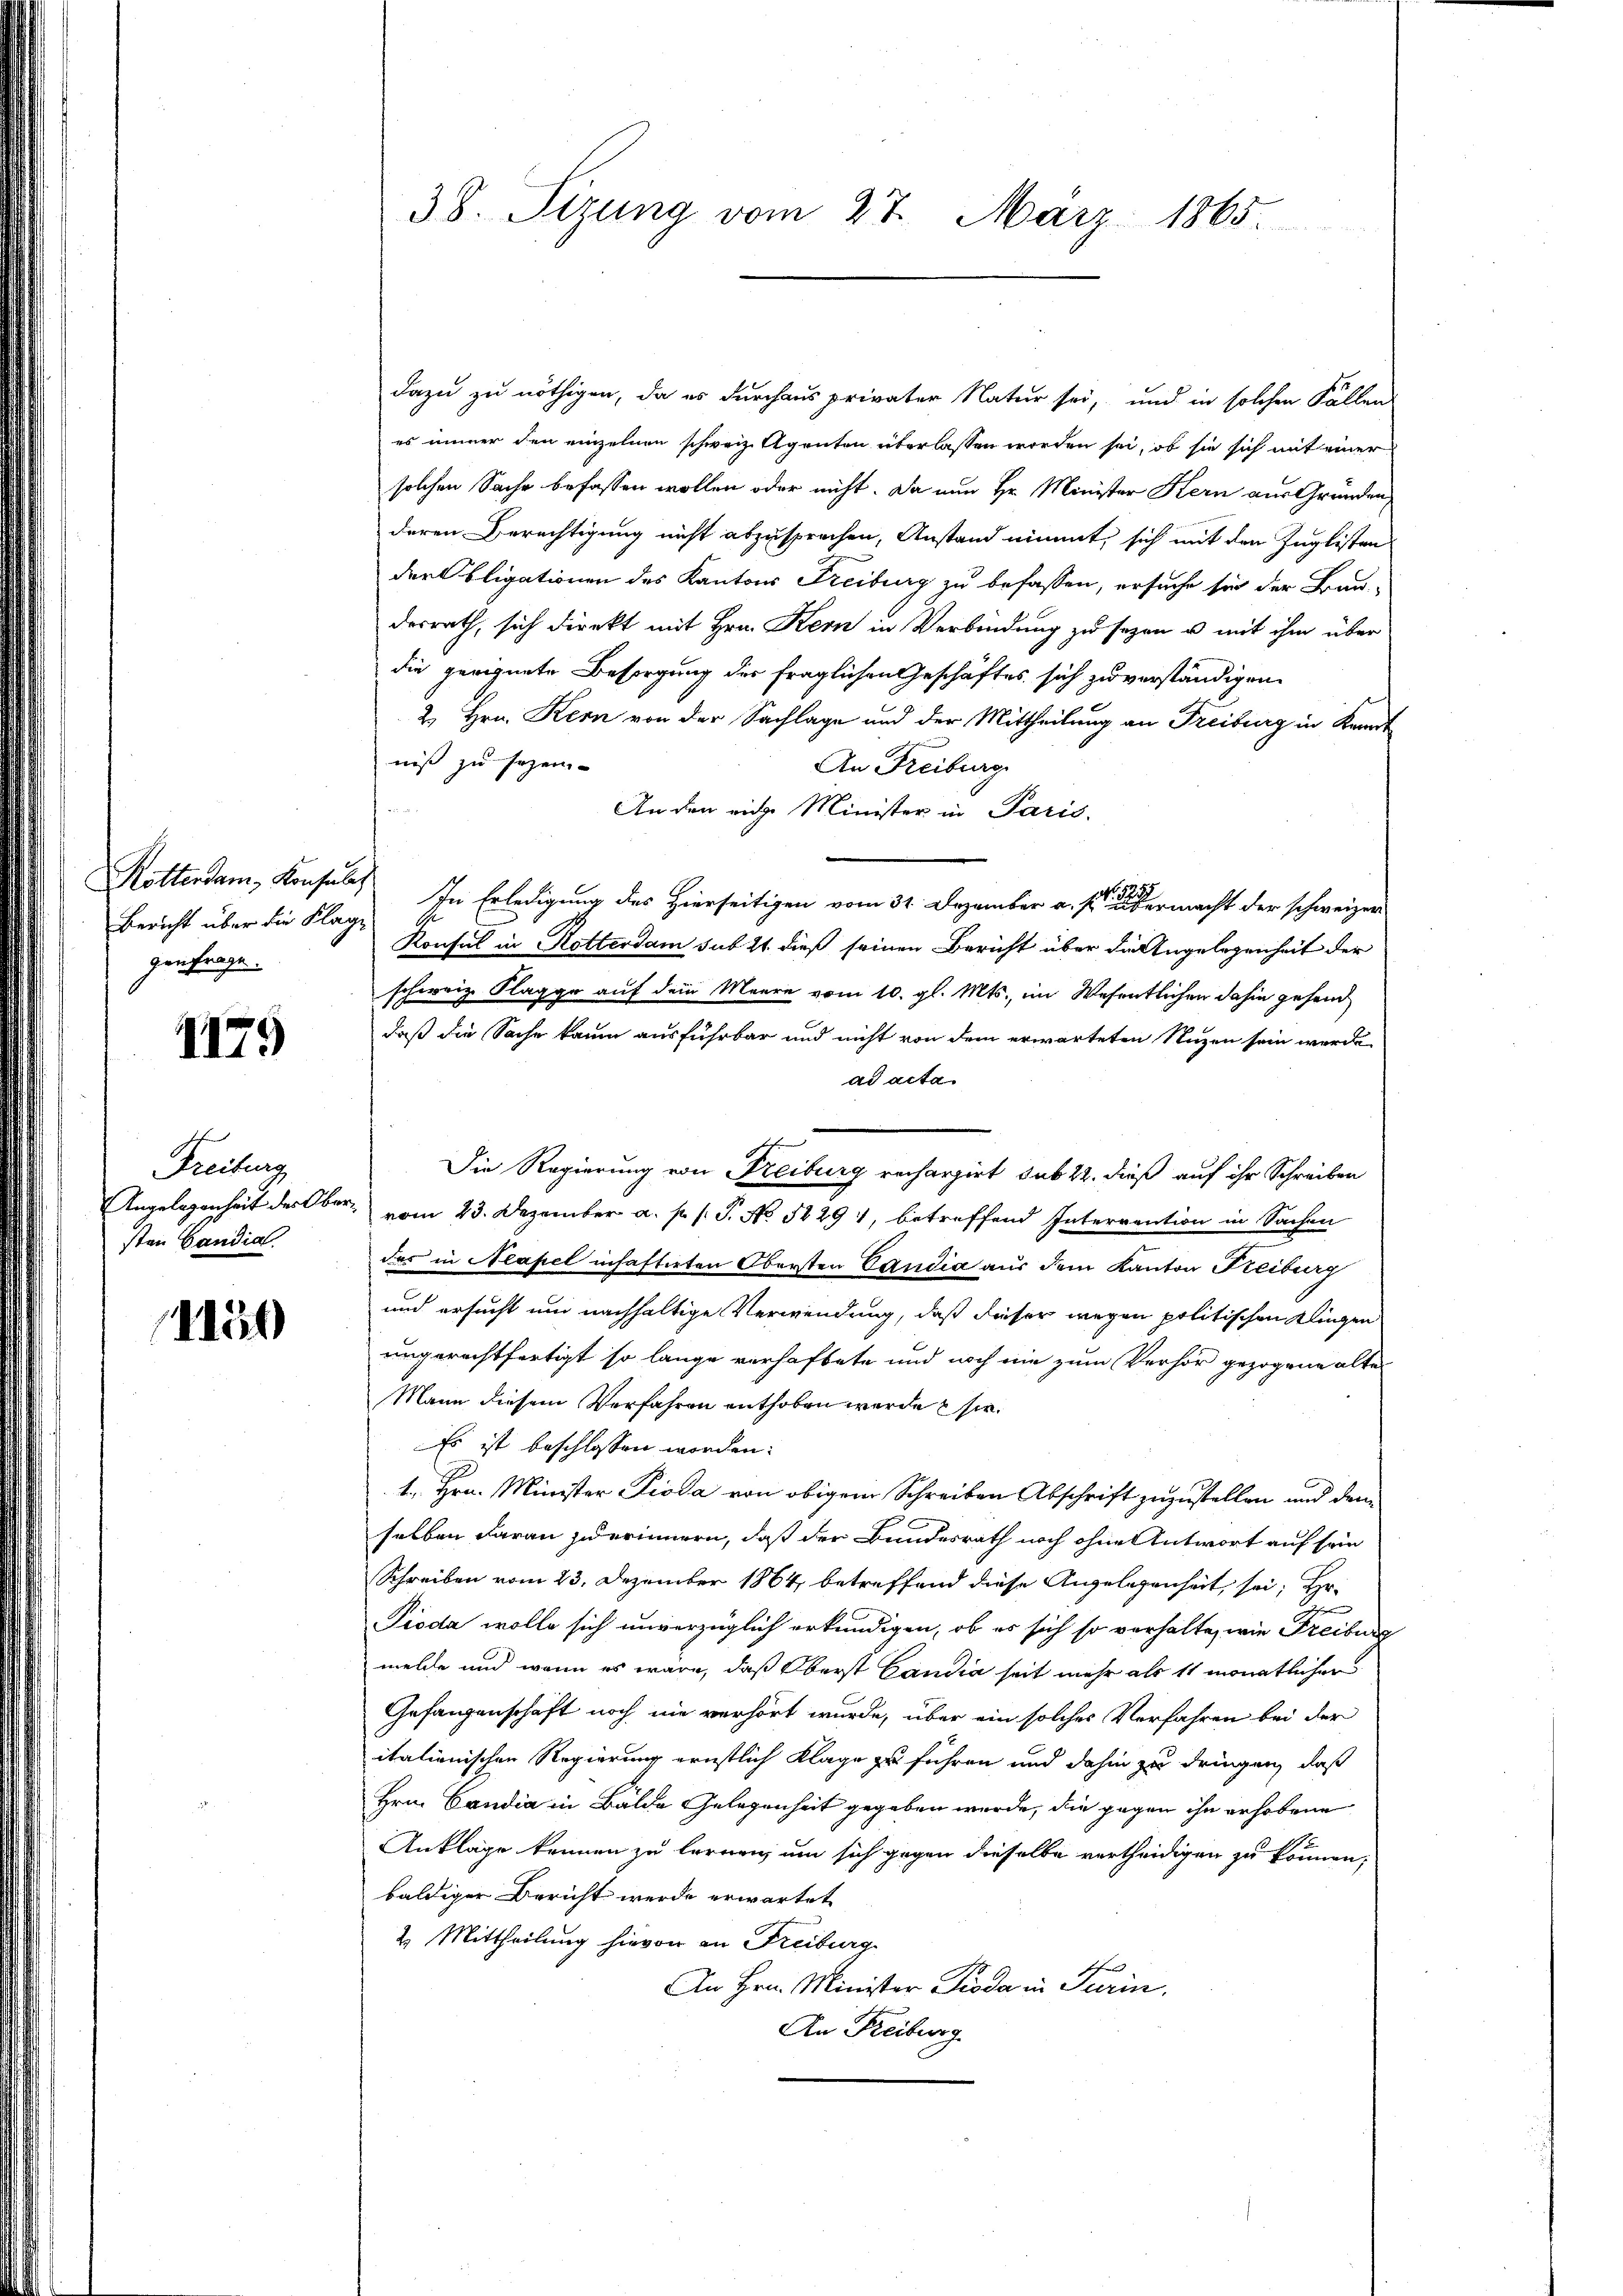
Rotterdam, Konsula
Bericht über die Klag-
genfrage.

1179

Freiburg
Angelegenheit der Ober
sten Candial

1150

38. Sizung vom 27. März 1865.

dazu zu nöthigen, da es durchaus privater Natur sei, und in solchen Fällen
es immer den einzelnen schweiz. Agenten überlassen worden sei, ob sie sich mit einer
solchen Sache befassen wollen oder nicht. Da nun Hr. Minister Kern aus Gründen
deren Berechtigung nicht abzusprechen, Anstand nimmt, sich mit den Zuglisten
der Obligationen des Kantons Freiburg zu befassen, ersuche sie der Bau-
desrath, sich direkt mit Hrn. Kern in Verbindung zu seyen u mit ihm über
die geeignete Besorgung des fraglichen Geschäftes sich zu verständigen
2. Hrn. Kern von der Sachlage und der Mittheilung an Freiburg in Kannt
niß zu sezen.
An Freiburg
An den eiche Minister in Paris,
In Erledigung des Hierseitigen vom 31. Dezember a. p. einen ermacht der schweizer
Konsul in Rotterdam sub 24 dieß seinen Bericht über die Angelegenheit der
schweiz. Klagge auf dem Meere vom 10. gl. Mts., im Wesentlichen dahin gesanddaß die Sache kaum ausführbar und nicht von dem erwarteten Nuzen sein werde
ad acta.
Die Regierung von Freiburg rechargirt sub 22. dieß auf ihr Schreiben
vom 23. Dezember a. p. 1. J. No 529, betreffend Interrention in Sachen
das in Neapel inhaftirten Obersten Caudia aus dem Kanton Freiburg
und ersucht und nachhaltige Verwendung, daß dieser wegen politischen Klingen
ungerechtfertigt so lange verhaftete und noch nie zum Verhör gezogene alte
Mann diesem Verfahren enthoben werde sie
Es ist beschlossen worden:
1. Hrn. Minister Pioda von obigem Schreiben Abschrift zuzustellen und dem
selben darau zu erinnern, daß der Bundesrath noch ohne Antwort auf sein
Schreiben vom 23. Dezember 1864, betreffend diese Angelegenheit sei; Hr.
ge
Pioda wolle sich unverzüglich erkundigen, ob es sich so verhalte, wie Freiburg
melde und wenn es wäre, daß Oberst Candia seit mehr als 11 monatlicher
Gefangenschaft noch nie verhört wurde, über ein solches Verfahren bei der
italienischen Regierung ernstlich Klage zu führen und dahin zu dringen, daß
Hrn. Candia in Bälde Gelegenheit gegeben wurde, die gegen ihn erhobene
Anklage kennen zu lernen, um sich gegen dieselbe vertheidigen zu können;
baldiger Bericht werde erwartet
2. Mittheilung hievon an Freiburg
An Hrn. Minister Pioda in Turin.
An Freiburg